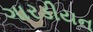
ગારડીયન